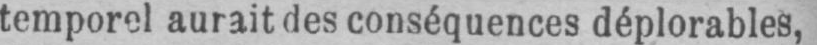
temporel aurait des conséquences déplorables,